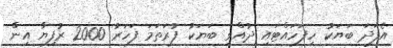
އެފަދަ ބަޔަކު ހިފަހައްޓައި ދުއްވި ބަޔަކު ފުރަތަމަ ފަހަރު 2000 ރުފިޔާ އިން